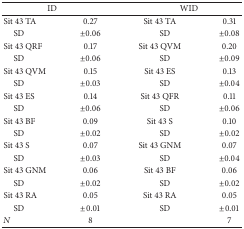
<table><thead><tr><td colspan="2"><b>ID</b></td><td colspan="2"><b>WID</b></td></tr></thead><tbody><tr><td>Sit 43 TA</td><td>0.27</td><td>Sit 43 TA</td><td>0.31</td></tr><tr><td>SD</td><td>±0.06</td><td>SD</td><td>±0.08</td></tr><tr><td>Sit 43 QRF</td><td>0.17</td><td>Sit 43 QVM</td><td>0.20</td></tr><tr><td>SD</td><td>±0.06</td><td>SD</td><td>±0.09</td></tr><tr><td>Sit 43 QVM</td><td>0.15</td><td>Sit 43 ES</td><td>0.13</td></tr><tr><td>SD</td><td>±0.03</td><td>SD</td><td>±0.04</td></tr><tr><td>Sit 43 ES</td><td>0.14</td><td>Sit 43 QFR</td><td>0.11</td></tr><tr><td>SD</td><td>±0.06</td><td>SD</td><td>±0.06</td></tr><tr><td>Sit 43 BF </td><td>0.09</td><td>Sit 43 S</td><td>0.10</td></tr><tr><td>SD</td><td>±0.02</td><td> SD</td><td>±0.02</td></tr><tr><td>Sit 43 S</td><td>0.07</td><td>Sit 43 GNM</td><td>0.07</td></tr><tr><td>SD</td><td>±0.03</td><td>SD</td><td>±0.04</td></tr><tr><td>Sit 43 GNM</td><td>0.06</td><td>Sit 43 BF</td><td>0.06</td></tr><tr><td>SD</td><td>±0.02</td><td>SD</td><td>±0.02</td></tr><tr><td>Sit 43 RA</td><td>0.05</td><td>Sit 43 RA</td><td>0.05</td></tr><tr><td> SD</td><td>±0.01</td><td>SD</td><td>±0.01</td></tr><tr><td><i>N</i></td><td>8</td><td> </td><td>7</td></tr></tbody></table>